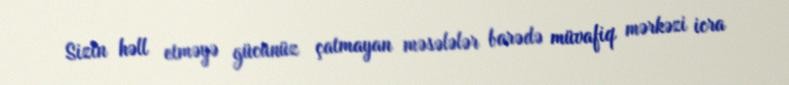
Sizin həll etməyə gücünüz çatmayan məsələlər barədə müvafiq mərkəzi icra